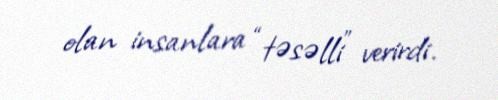
olan insanlara “təsəlli” verirdi.